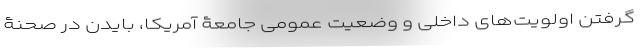
گرفتن اولویت‌های داخلی و وضعیتِ عمومی جامعۀ آمریکا، بایدن در صحنۀ